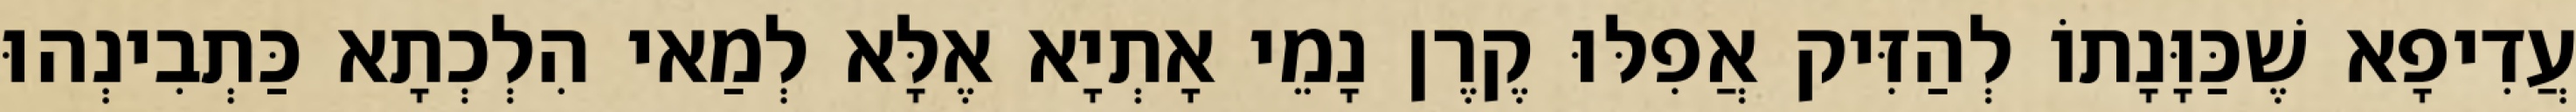
עֲדִיפָא שֶׁכַּוָּנָתוֹ לְהַזִּיק אֲפִלּוּ קֶרֶן נָמֵי אָתְיָא אֶלָּא לְמַאי הִלְכְתָא כַּתְבִינְהוּ